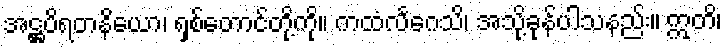
အဋ္ဌပိရတနိယော၊ ရှစ်တောင်တို့ကို။ ကထံလင်္ဂေသိ၊ အသို့ခုန်ပါသနည်း။ ဣတိ၊